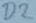
Text: D2